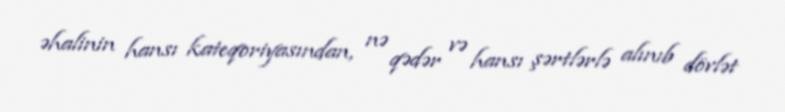
əhalinin hansı kateqoriyasından, nə qədər və hansı şərtlərlə alınıb dövlət